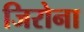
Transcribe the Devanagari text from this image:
जिरोना